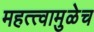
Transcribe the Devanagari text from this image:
महत्त्वामुळेच